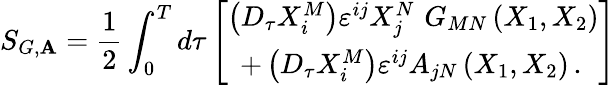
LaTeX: S_{G,\mathbf{A}}=\frac{1}{2}\int_{0}^{T}d\tau\left[\begin{array}{c}{{\left(D_{\tau}X_{i}^{M}\right)\varepsilon^{ij}X_{j}^{N}\, \, G_{MN}\left(X_{1},X_{2}\right)}}\\ {{+\left(D_{\tau}X_{i}^{M}\right)\varepsilon^{ij}A_{jN}\left(X_{1},X_{2}\right)\, .\, }}\end{array}\right]